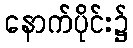
နောက်ပိုင်း၌